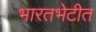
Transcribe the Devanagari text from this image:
भारतभेटीत